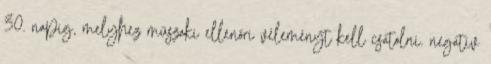
30. napig, melyhez műszaki ellenőri véleményt kell csatolni. negatív